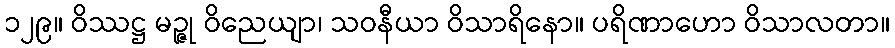
၁၂၉။ ဝိဿဋ္ဌ မဉ္ဇု ဝိညေယျာ၊ သဝနီယာ ဝိသာရိနော။ ပရိဏာဟော ဝိသာလတာ။